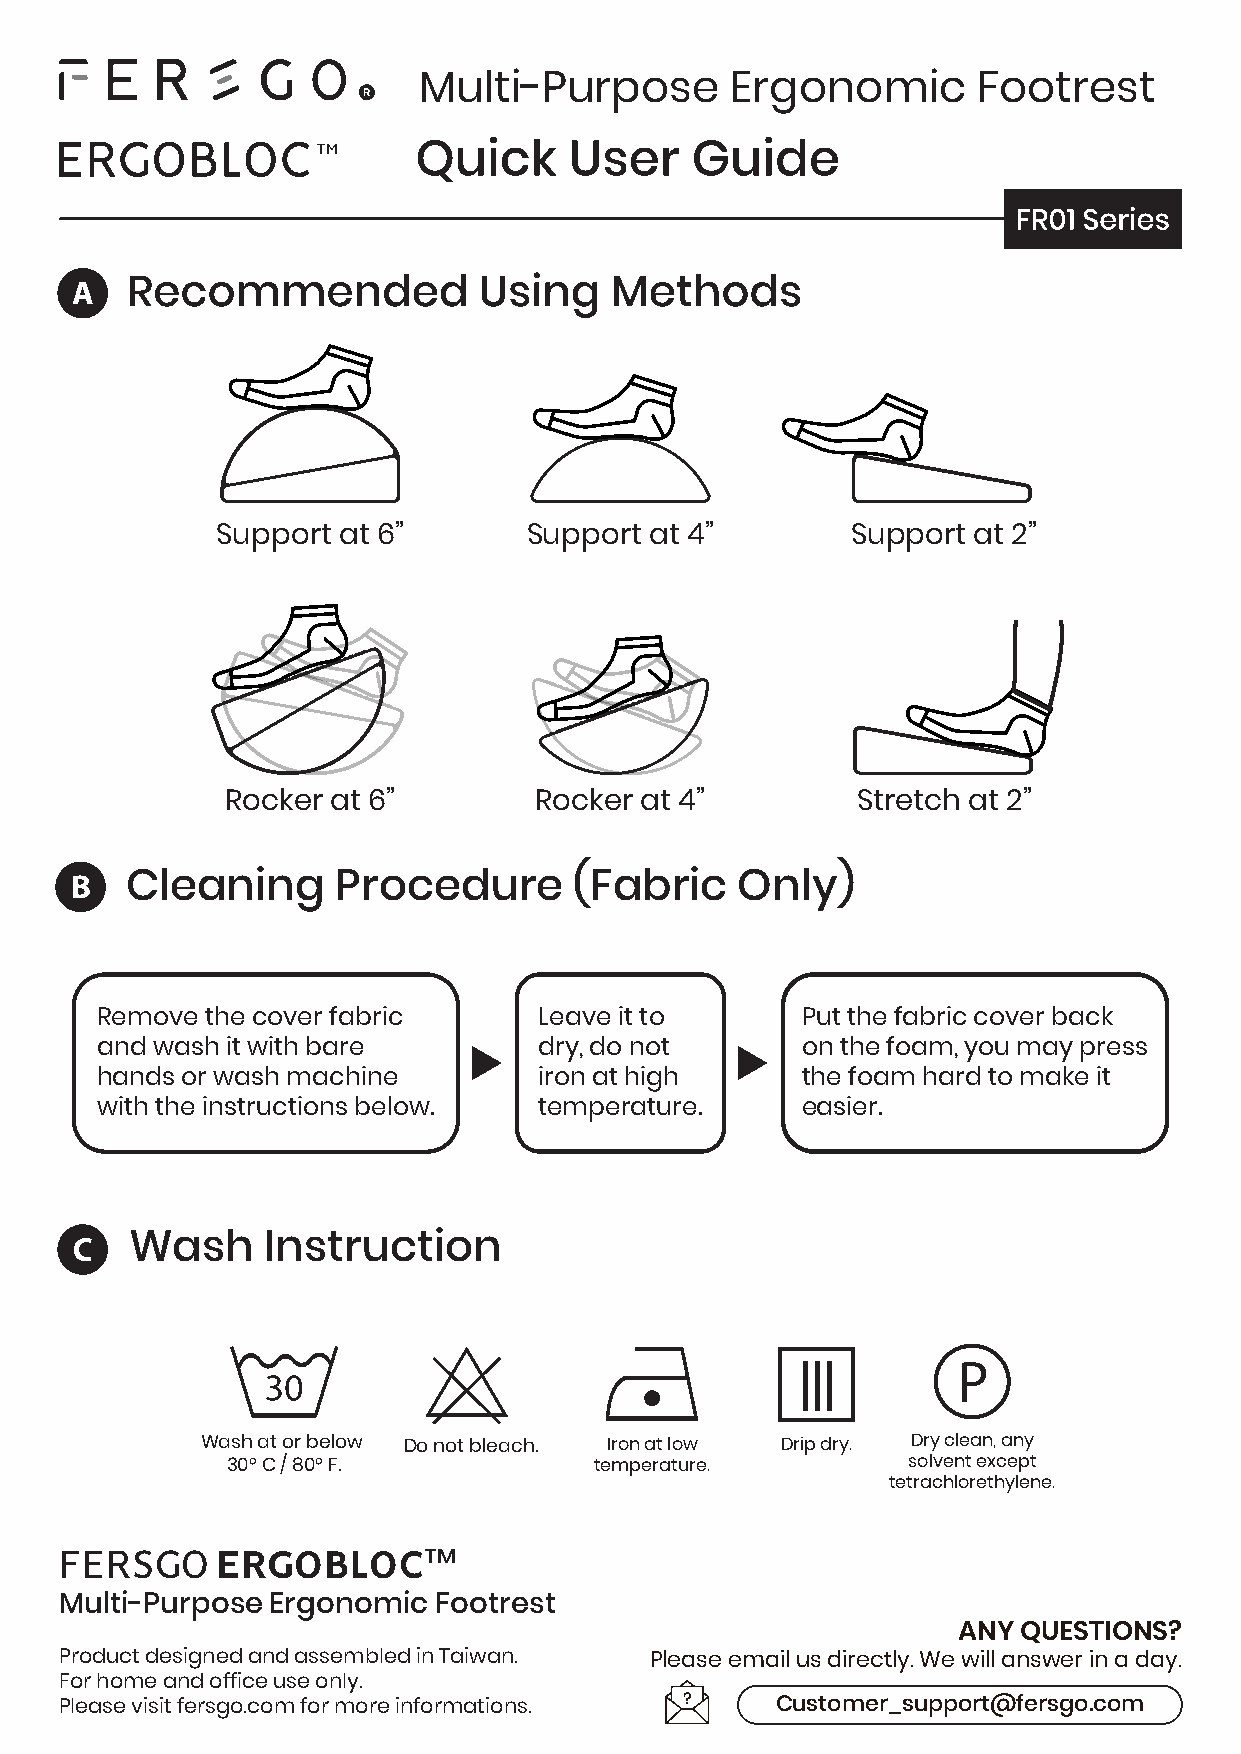
Multi-Purpose       Ergonomic        Footrest
 Support at 6”        Support at 4”        Support at 2”
 Rocker at 6”        Rocker at 4”          Stretch at 2”
 Cleaning      Procedure       (Fabric    Only)
 Remove  the cover fabric      Leave it to      Put the fabric cover back
 and wash it with bare         dry, do not      on the foam, you may press
 hands or wash machine         iron at high     the foam hard to make it
 with the instructions below.  temperature.     easier.
 Wash     Instruction
 Wash at or below Do not bleach. Iron at low Drip dry. Dry clean, any
 30° C / 80° F.          temperature.         solvent except
 tetrachlorethylene.
 FERSGOERGOBLOC
 ™
 Multi-Purpose Ergonomic  Footrest
 ANY QUESTIONS?
 Product designed and assembled in Taiwan. Please email us directly. We will answer in a day.
 For home and office use only.
 Please visit fersgo.com for more informations. Customer_support@fersgo.com